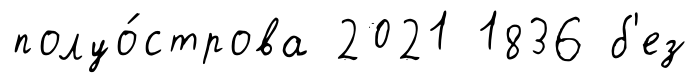
полуо́строва 2021 1836 б'ез